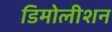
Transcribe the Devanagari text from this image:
डिमोलीशन